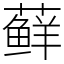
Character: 藓